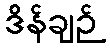
ဒိန်ချဉ်